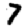
Digit: 7